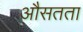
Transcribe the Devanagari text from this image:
औसतता